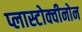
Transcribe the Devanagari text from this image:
प्लास्टोक्वीनोन